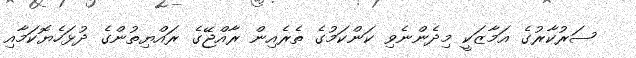
ސަރުކާރުގެ އަމާޒަކީ މިދެންނެވި ކަންކަމުގެ ތެރެއިން ރާއްޖޭގެ ރައްޔިތުންގެ ދުޅަހެޔޮކަމާއި